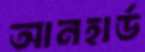
আনহার্ড